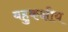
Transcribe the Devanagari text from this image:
बहुकक्षीय